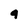
Character: 4